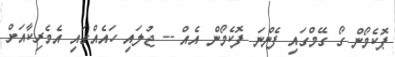
ޕޮކެމޯން ގޯ ގޭމްގައި ފެންނަ ފޮކެމޯން އެއް -- ޖުލައި ހައެއްގައި އެމެރިކާއަށް